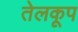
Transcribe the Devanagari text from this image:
तेलकूप